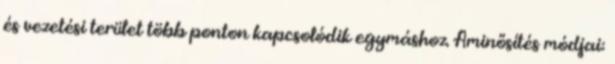
és vezetési terület több ponton kapcsolódik egymáshoz. Aminősítés módjai: